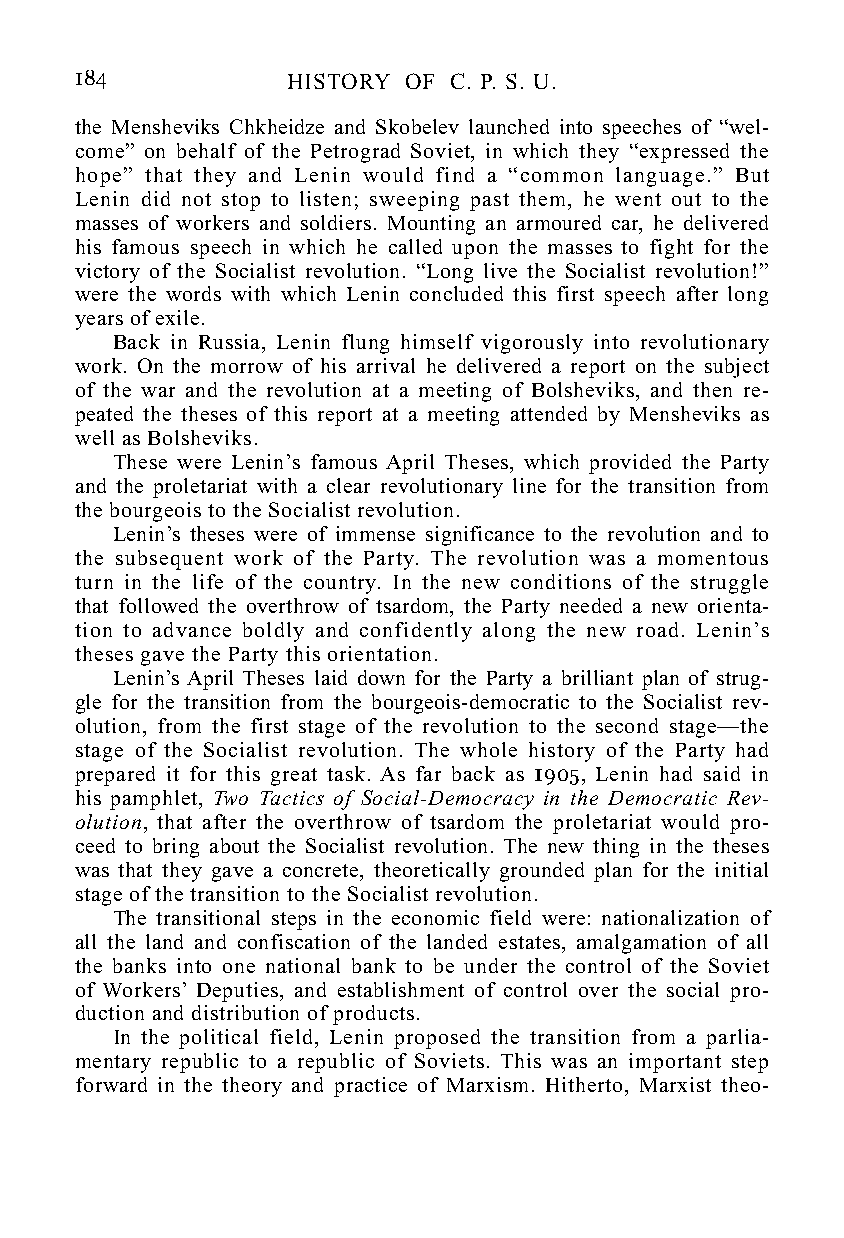
184           HISTORY OF C. P. S. U.
 the Mensheviks Chkheidze and Skobelev launched into speeches of “wel-
 come” on behalf of the Petrograd Soviet, in which they “expressed the
 hope” that they and Lenin would find a “common language.” But
 Lenin did not stop to listen; sweeping past them, he went out to the
 masses of workers and soldiers. Mounting an armoured car, he delivered
 his famous speech in which he called upon the masses to fight for the
 victory of the Socialist revolution. “Long live the Socialist revolution!”
 were the words with which Lenin concluded this first speech after long
 years of exile.
 Back in Russia, Lenin flung himself vigorously into revolutionary
 work. On the morrow of his arrival he delivered a report on the subject
 of the war and the revolution at a meeting of Bolsheviks, and then re-
 peated the theses of this report at a meeting attended by Mensheviks as
 well as Bolsheviks.
 These were Lenin’s famous April Theses, which provided the Party
 and the proletariat with a clear revolutionary line for the transition from
 the bourgeois to the Socialist revolution.
 Lenin’s theses were of immense significance to the revolution and to
 the subsequent work of the Party. The revolution was a momentous
 turn in the life of the country. In the new conditions of the struggle
 that followed the overthrow of tsardom, the Party needed a new orienta-
 tion to advance boldly and confidently along the new road. Lenin’s
 theses gave the Party this orientation.
 Lenin’s April Theses laid down for the Party a brilliant plan of strug-
 gle for the transition from the bourgeois-democratic to the Socialist rev-
 olution, from the first stage of the revolution to the second stage—the
 stage of the Socialist revolution. The whole history of the Party had
 prepared it for this great task. As far back as 1905, Lenin had said in
 his pamphlet, Two Tactics of Social-Democracy in the Democratic Rev-
 olution, that after the overthrow of tsardom the proletariat would pro-
 ceed to bring about the Socialist revolution. The new thing in the theses
 was that they gave a concrete, theoretically grounded plan for the initial
 stage of the transition to the Socialist revolution.
 The transitional steps in the economic field were: nationalization of
 all the land and confiscation of the landed estates, amalgamation of all
 the banks into one national bank to be under the control of the Soviet
 of Workers’ Deputies, and establishment of control over the social pro-
 duction and distribution of products.
 In the political field, Lenin proposed the transition from a parlia-
 mentary republic to a republic of Soviets. This was an important step
 forward in the theory and practice of Marxism. Hitherto, Marxist theo-